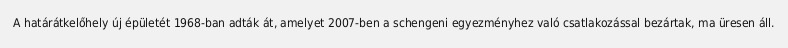
A határátkelőhely új épületét 1968-ban adták át, amelyet 2007-ben a schengeni egyezményhez való csatlakozással bezártak, ma üresen áll.